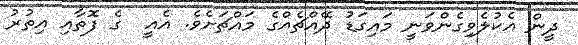
ދީން އެކުލެވިގެންވަނީ މައިގަޑު ދޭއްޗެއްގެ މައްޗަށެވެ. އެއީ  ގެ ފޮތާއި އިތުރު